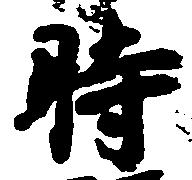
時